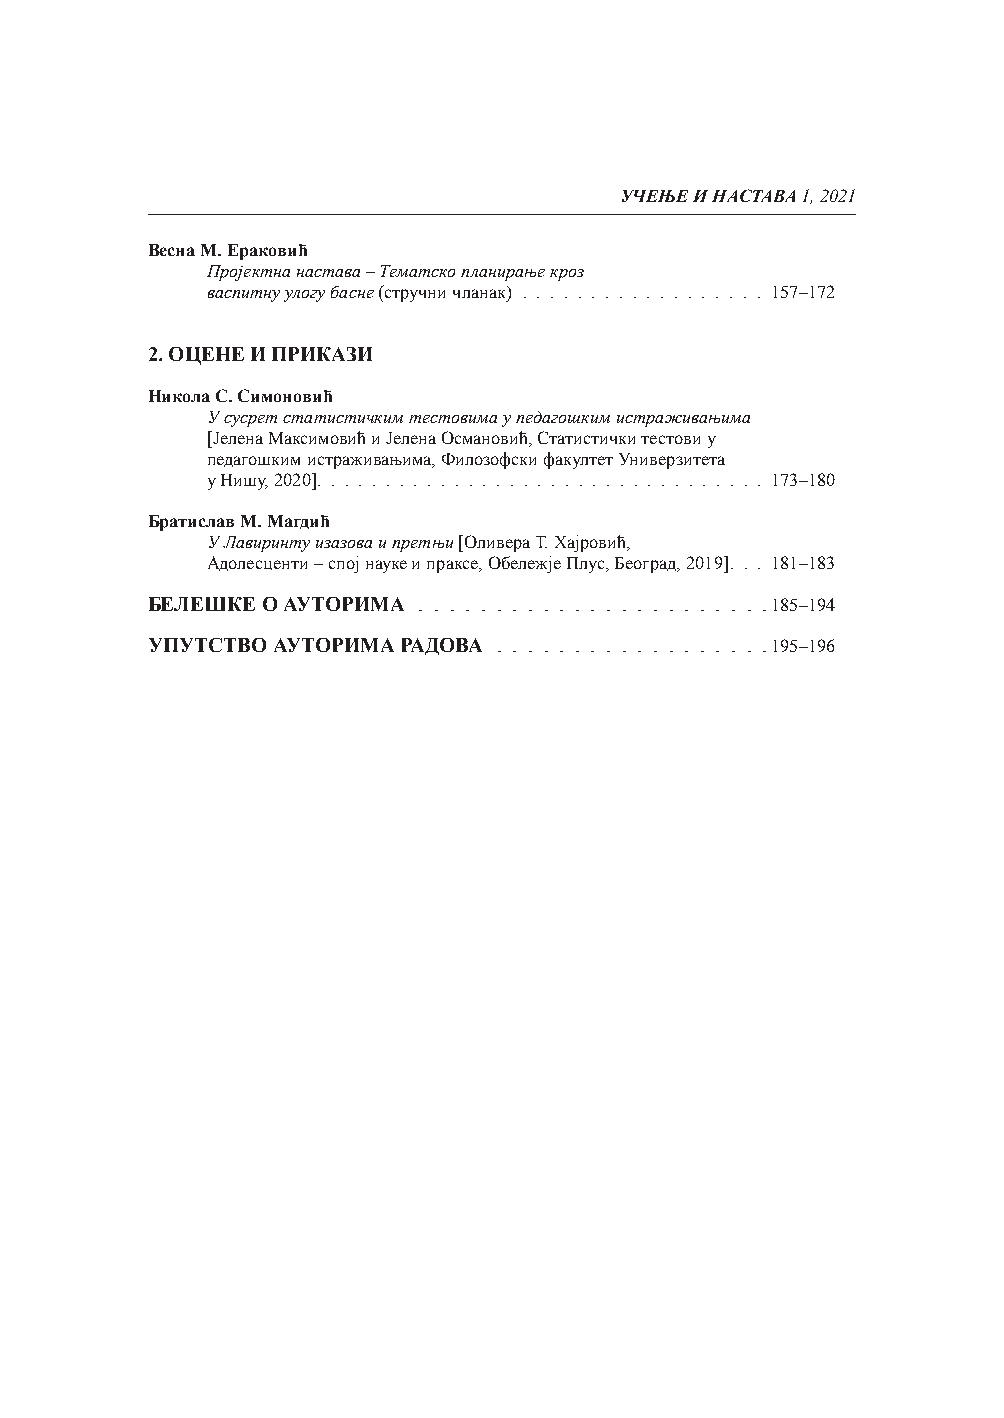
УЧЕЊЕ И НАСТАВА 1, 2021
 Весна М. Ераковић
 Пројектна настава – Тематско планирање кроз
 васпитну улогу басне (стручни чланак) . . . . . . . . . . . . . . . . . . 157–172
 2. ОЦЕНЕ И ПРИКАЗИ
 Никола С. Симоновић
 У сусрет статистичким тестовима у педагошким истраживањима
 [Јелена Максимовић и Јелена Османовић, Статистички тестови у
 педагошким истраживањима, Филозофски факултет Универзитета
 у Нишу, 2020]. . . . . . . . . . . . . . . . . . . . . . . . . . . . . . . . . 173–180
 Братислав М. Магдић
 У Лавиринту изазова и претњи [Оливера Т. Хајровић,
 Адолесценти – спој науке и праксе, Обележје Плус, Београд, 2019]. . . 181–183
 БЕЛЕШКЕ О АУТОРИМА . . . . . . . . . . . . . . . . . . . . . . .185–194
 УПУТСТВО АУТОРИМА РАДОВА . . . . . . . . . . . . . . . . . .195–196